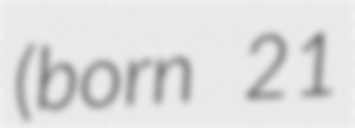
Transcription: (born 21